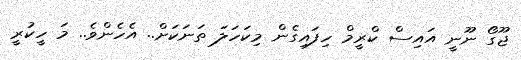
ޖޫގޯ ނޫނީ އައިސް ކްރީމް ހިފައިގެން މިކަހަލަ ތަނަކަށް.. އެހެންވެ.. މަ ހީކުރީ